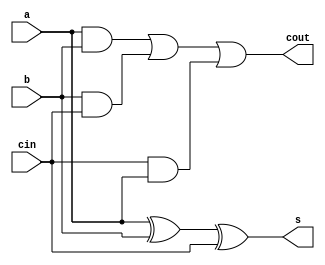
`timescale 1ns / 1ps
//////////////////////////////////////////////////////////////////////////////////
// Company: 
// Engineer: 
// 
// Design Name: 
// Module Name:    dfulladd 
// Project Name: 
// Target Devices: 
// Tool versions: 
// Description: 
//
// Dependencies: 
//
// Revision: 
// Revision 0.01 - File Created
// Additional Comments: 
//
//////////////////////////////////////////////////////////////////////////////////
module dfulladd(
    input a,
    input b,
    input cin,
    output s,
    output cout
    );
	 assign s=(a^b)^cin;
	 assign cout=(a&b)|(b&cin)|(cin&a);


endmodule